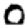
Digit: 0